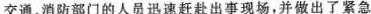
交通、消防部门的人员迅速赶赴出事现场，并做出了紧急